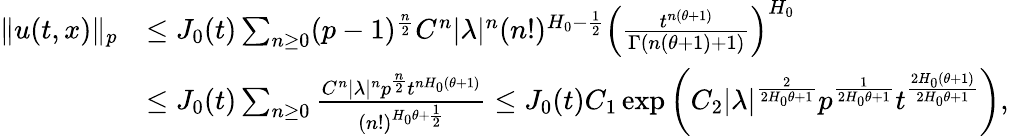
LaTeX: \begin{array}{rl}{\Vert u(t,x)\Vert_{p}}&{\le J_{0}(t)\sum_{n\geq 0}(p-1)^{\frac n2}C^{n}|\lambda|^{n}(n!)^{H_{0}-\frac{1}{2}}\left(\frac{t^{n(\theta+1)}}{\Gamma(n(\theta+1)+1)}\right)^{H_{0}}}\\ &{\le J_{0}(t)\sum_{n\geq 0}\frac{C^{n}|\lambda|^{n}p^{\frac n2}t^{nH_{0}(\theta+1)}}{(n!)^{H_{0}\theta+\frac{1}{2}}}\le J_{0}(t)C_{1}\exp\left(C_{2}|\lambda|^{\frac{2}{2H_{0}\theta+1}}p^{\frac{1}{2H_{0}\theta+1}}t^{\frac{2H_{0}(\theta+1)}{2H_{0}\theta+1}}\right),}\end{array}